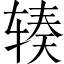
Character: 辏